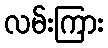
လမ်းကြား